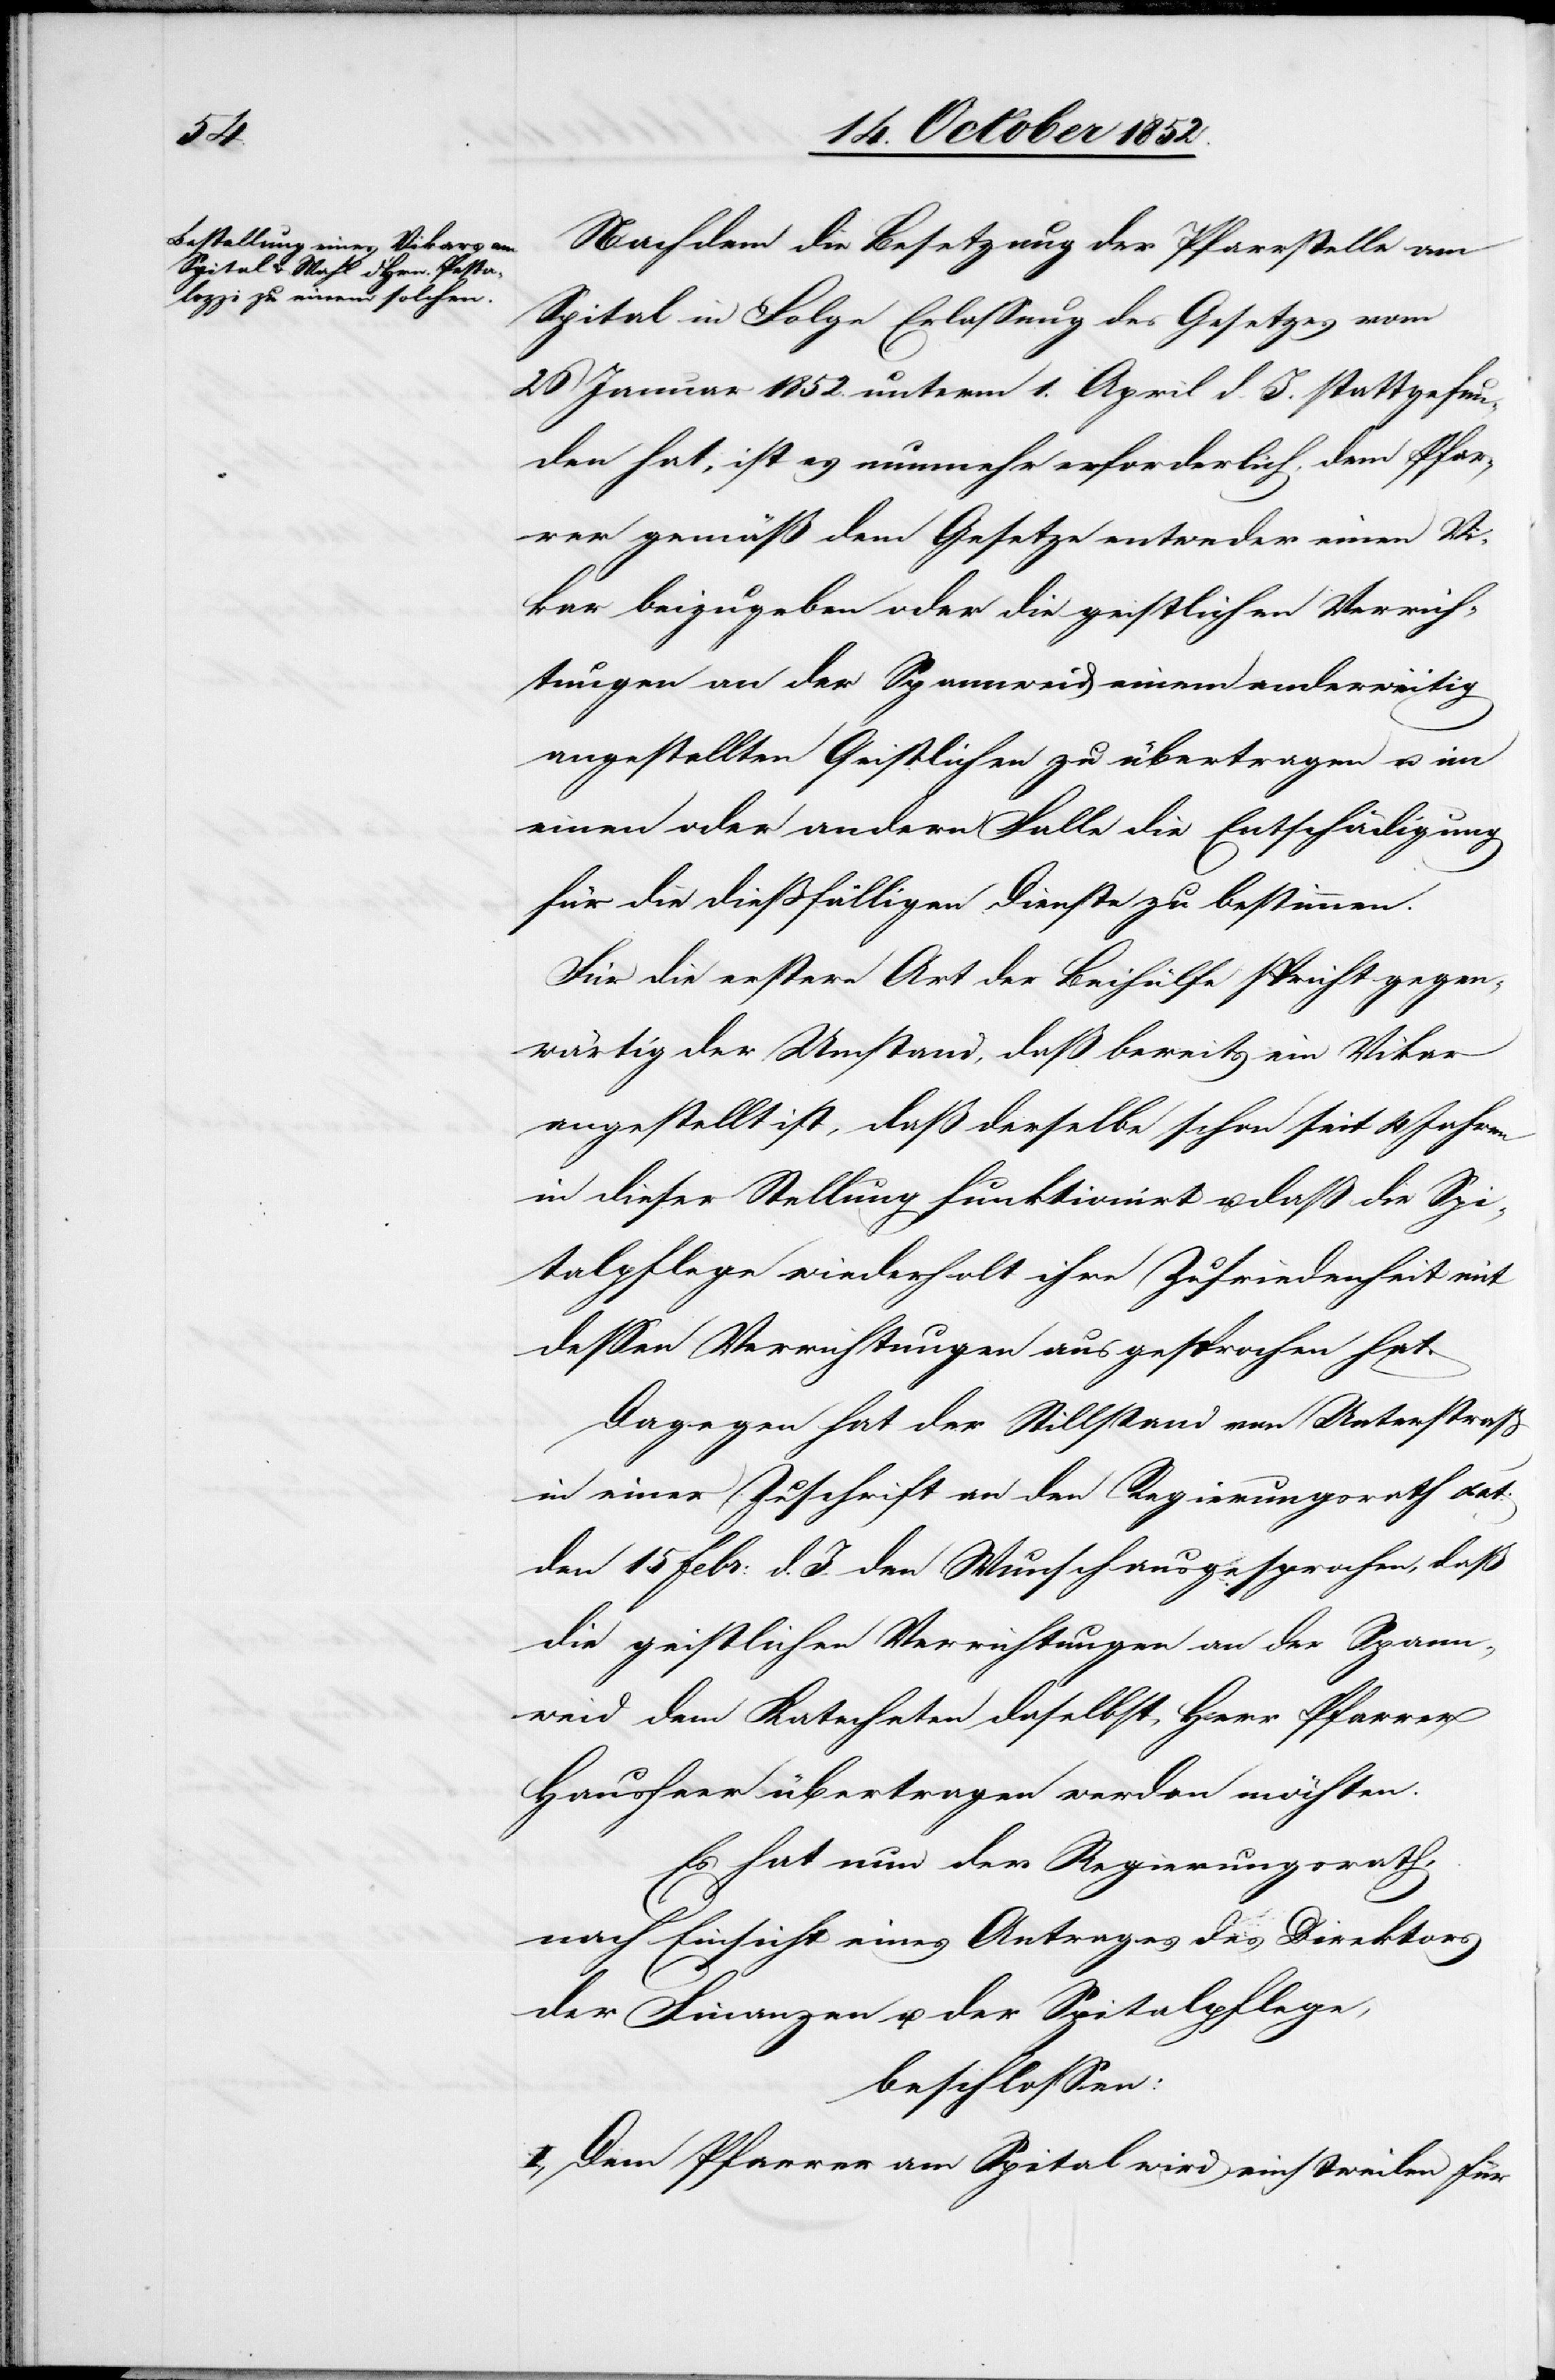
Nachdem die Besetzung der Pfarrstelle am
Spital in Folge Erlassung des Gesetzes vom
26 Januar 1852. unterm 1. April d. J. stattgefun¬
den hat, ist es nunmehr erforderlich, dem Pfar¬
rer gemäß dem Gesetze entweder einen Vi¬
kar beizugeben oder die geistlichen Verrich¬
tungen an der Spannweid einem anderweitig
angestellten Geistlichen zu übertragen u. im
einen oder andern Falle die Entschädigung
für die dießfälligen Dienste zu bestimmen.
Für die erstere Art der Beihülfe spricht gegen¬
wärtig der Umstand, daß bereits ein Vikar
angestellt ist, daß derselbe schon seit 4 Jahren
in dieser Stellung funktionirt u. daß die Spi¬
talpflege wiederholt ihre Zufriedenheit mit
dessen Verrichtungen ausgesprochen hat.
Dagegen hat der Stillstand von Unterstraß
in einer Zuschrift an den Regierungsrath dat:
den 15 Febr: d. J. den Wunsch ausgesprochen, daß
die geistlichen Verrichtungen an der Spann¬
weid dem Katecheten daselbst, Herr Pfarrer
Hausheer übertragen werden möchten.
Es hat nun der Regierungsrath,
nach Einsicht eines Antrages des Direktors
der Finanzen u. der Spitalpflege,
beschlossen:
I., Dem Pfarrer am Spital wird einstweilen für